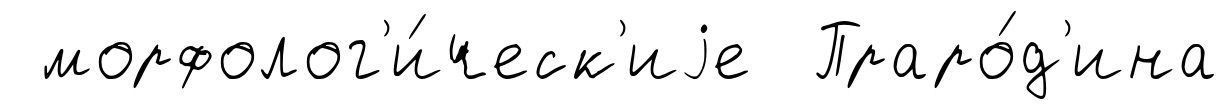
морфолог'и́ческ'иjе Праро́д'ина